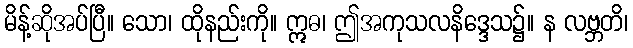
မိန့်ဆိုအပ်ပြီ။ သော၊ ထိုနည်းကို။ ဣဓ၊ ဤအကုသလနိဒ္ဒေသ၌။ န လဗ္ဘတိ၊